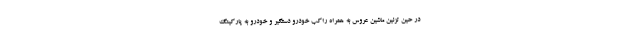
در حین تزئین ماشین عروس به همراه راکب خودرو دستگیر و خودرو به پارکینگ